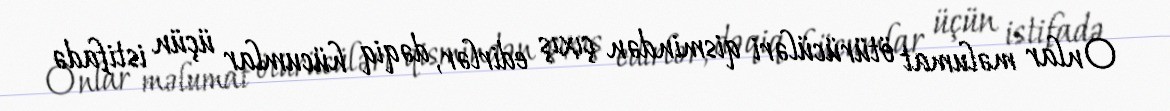
Onlar məlumat ötürücüləri qismindən çıxış edirlər, dəqiq hücumlar üçün istifadə